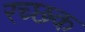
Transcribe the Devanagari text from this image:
रच्‍छक